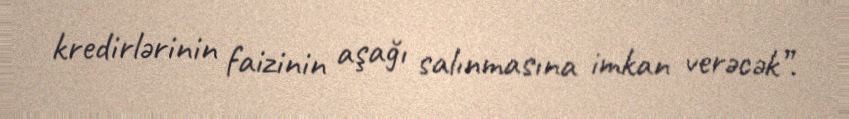
kredirlərinin faizinin aşağı salınmasına imkan verəcək”.